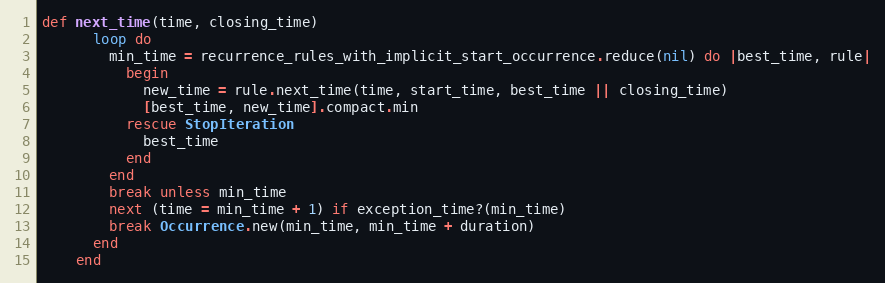
Language: Ruby
def next_time(time, closing_time)
      loop do
        min_time = recurrence_rules_with_implicit_start_occurrence.reduce(nil) do |best_time, rule|
          begin
            new_time = rule.next_time(time, start_time, best_time || closing_time)
            [best_time, new_time].compact.min
          rescue StopIteration
            best_time
          end
        end
        break unless min_time
        next (time = min_time + 1) if exception_time?(min_time)
        break Occurrence.new(min_time, min_time + duration)
      end
    end